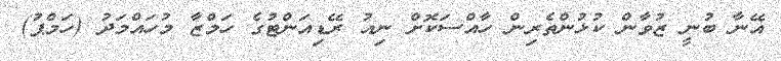
އޭނާ ބުނީ ޒުވާން ކުޅުންތެރިން ހާއްސަކޮށް ނިއު ރޭޑިއަންޓުގެ ހަމްޒާ މުހައްމަދު (ހަމްޕު)